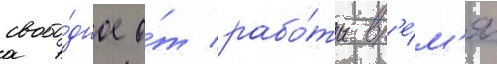
свобо́дное о́т рабо́ты вр'е́м'я